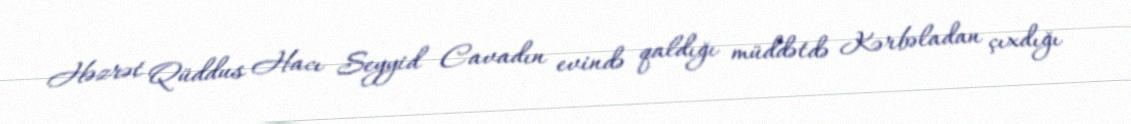
Həzrət Qüddus Hacı Seyyid Cavadın evində qaldığı müddətdə Kərbəladan çıxdığı